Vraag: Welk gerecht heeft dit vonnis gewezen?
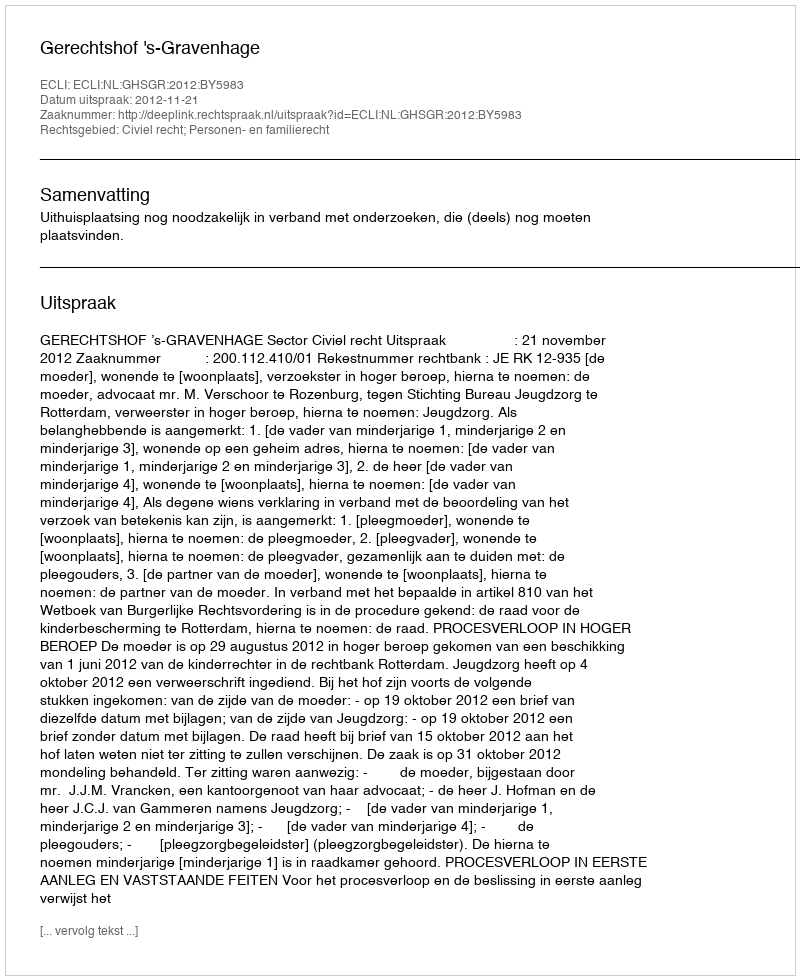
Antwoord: Gerechtshof 's-Gravenhage